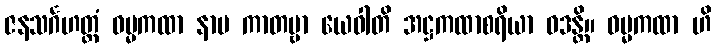
ဇနသင်္ဂဟတ္ထံ ဓမ္မကထာ နာမ ကာတဗ္ဗာ ယေဝါတိ အဋ္ဌကထာစရိယာ ဝဒန္တိ။ ဓမ္မကထာ ဟိ